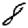
Digit: 8